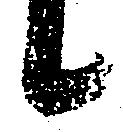
候